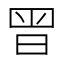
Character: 𭥴